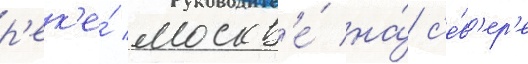
р'ек'е́ москв'е́ на́ с'е́в'ер'е